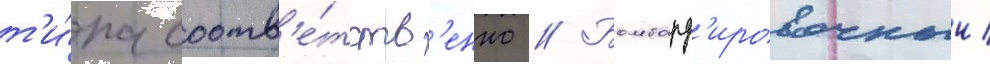
т'и́па соотв'е́тств'енно // Бомбард'ировочныи